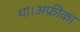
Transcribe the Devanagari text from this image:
था।अफ्रीका